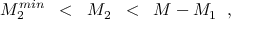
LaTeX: M _ { 2 } ^ { m i n } \; \; < \; \; M _ { 2 } \; \; < \; \; M - M _ { 1 } \; \; ,